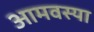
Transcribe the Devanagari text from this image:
आमवस्या